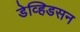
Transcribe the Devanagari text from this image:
डेव्हिडसन